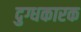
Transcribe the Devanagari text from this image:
दुग्धकारक